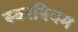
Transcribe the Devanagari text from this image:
स्वरनियम